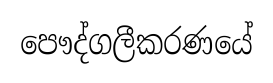
පෞද්ගලීකරණයේ